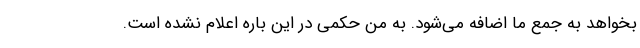
بخواهد به جمع ما اضافه می‌شود. به من حکمی در این باره اعلام نشده است.